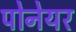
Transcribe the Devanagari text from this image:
पोनेयर